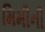
મિમીની